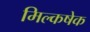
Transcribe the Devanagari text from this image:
मिल्कषेक